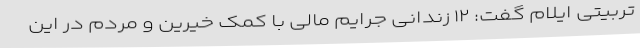
تربیتی ایلام گفت: ۱۲ زندانی جرایم مالی با کمک خیرین و مردم در این